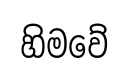
හිමවේ